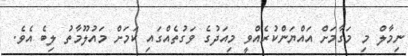
ނިމާލް މި މަގާމަށް އައްޔަންކުރެއްވީ މިއަދުގެ ވަގުތެއްގައި ކަމަށް މައުލޫމާތު ލިބެ އެވެ.